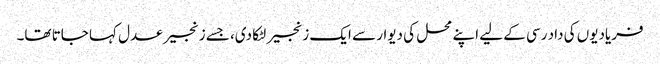
فریادیوں کی داد رسی کے لیے اپنے محل کی دیوار سے ایک زنجیر لٹکا دی، جسے زنجیر عدل کہا جاتا تھا۔